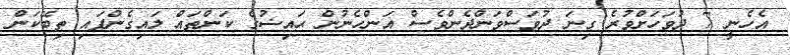
އެހެނީ 7 ދުވަހަށްވުރެ ގިނަ ދުވަސްވަންދެންވެސް އަންހެނުން ޙައިޟުގެ ކަންތައް ލައިގެންފައި ތިބޭކަން